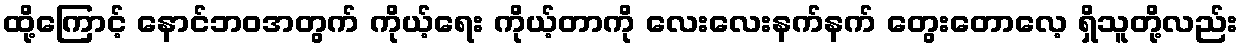
ထို့ကြောင့် နောင်ဘဝအတွက် ကိုယ့်ရေး ကိုယ့်တာကို လေးလေးနက်နက် တွေးတောလေ့ ရှိသူတို့လည်း